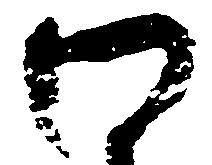
わ